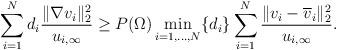
LaTeX: \begin{align*}\sum_{i=1}^{N}d_i\frac{\|\nabla v_i\|_2^2}{u_{i,\infty}} \geq P(\Omega)\min_{i=1,\ldots, N}\{d_i\}\sum_{i=1}^{N}\frac{\|v_i - \overline{v}_i\|_2^2}{u_{i,\infty}}.\end{align*}